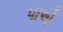
પાએ